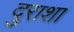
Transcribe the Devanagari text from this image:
दुराशा